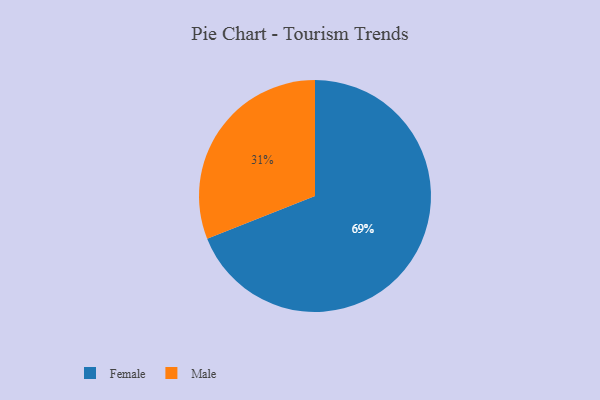
{"axis": {"x": "Category", "y": "Percentage"}, "legend": ["Female", "Male"], "data": [{"x": "Female", "y": 69, "type": "Female"}, {"x": "Male", "y": 31, "type": "Male"}]}